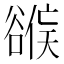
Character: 𰶕